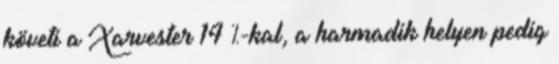
követi a Xarvester 14 %-kal, a harmadik helyen pedig